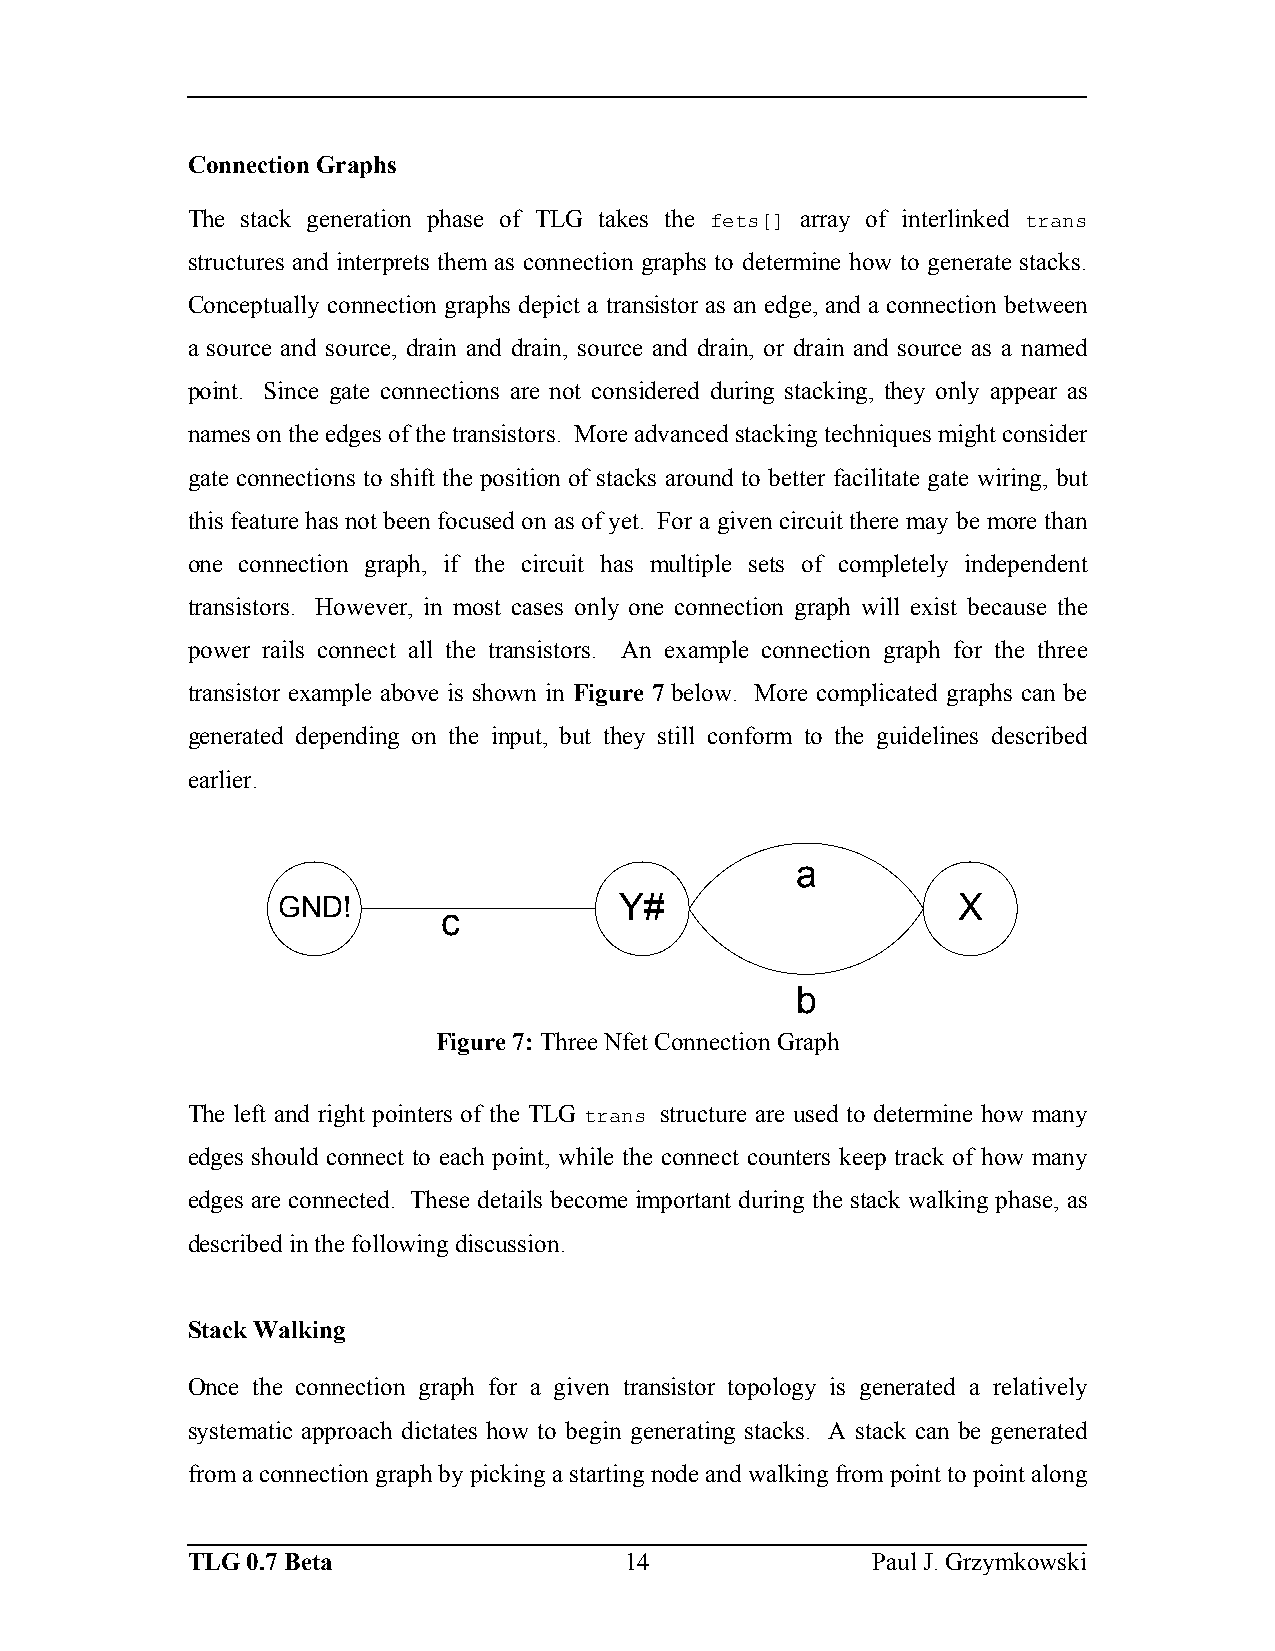
Connection Graphs
 The stack generation phase of TLG takes the fets[] array of interlinked trans
 structures and interprets them as connection graphs to determine how to generate stacks.
 Conceptually connection graphs depict a transistor as an edge, and a connection between
 a source and source, drain and drain, source and drain, or drain and source as a named
 point. Since gate connections are not considered during stacking, they only appear as
 names on the edges of the transistors. More advanced stacking techniques might consider
 gate connections to shift the position of stacks around to better facilitate gate wiring, but
 this feature has not been focused on as of yet. For a given circuit there may be more than
 one connection graph, if the circuit has multiple sets of completely independent
 transistors. However, in most cases only one connection graph will exist because the
 power rails connect all the transistors. An example connection graph for the three
 transistor example above is shown in Figure 7 below. More complicated graphs can be
 generated depending on the input, but they still conform to the guidelines described
 earlier.
 a
 GND!                   Y#                    X
 c
 b
 Figure 7: Three Nfet Connection Graph
 The left and right pointers of the TLG trans structure are used to determine how many
 edges should connect to each point, while the connect counters keep track of how many
 edges are connected. These details become important during the stack walking phase, as
 described in the following discussion.
 Stack Walking
 Once the connection graph for a given transistor topology is generated a relatively
 systematic approach dictates how to begin generating stacks. A stack can be generated
 from a connection graph by picking a starting node and walking from point to point along
 TLG 0.7 Beta                 14               Paul J. Grzymkowski